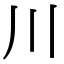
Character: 川